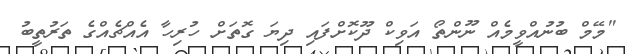
"މޭމް ބުނުއްވީމެއް ނޫންތޯ އަވިކް ދޫކޮށްފައި ދިޔަ ގޮތަށް ހުރިހާ އެއްޗެއްގެ ތަރުތީބު